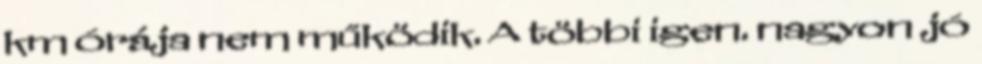
km órája nem működik. A többi igen. nagyon jó